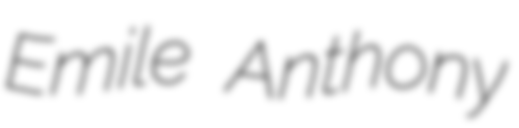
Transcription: Emile Anthony